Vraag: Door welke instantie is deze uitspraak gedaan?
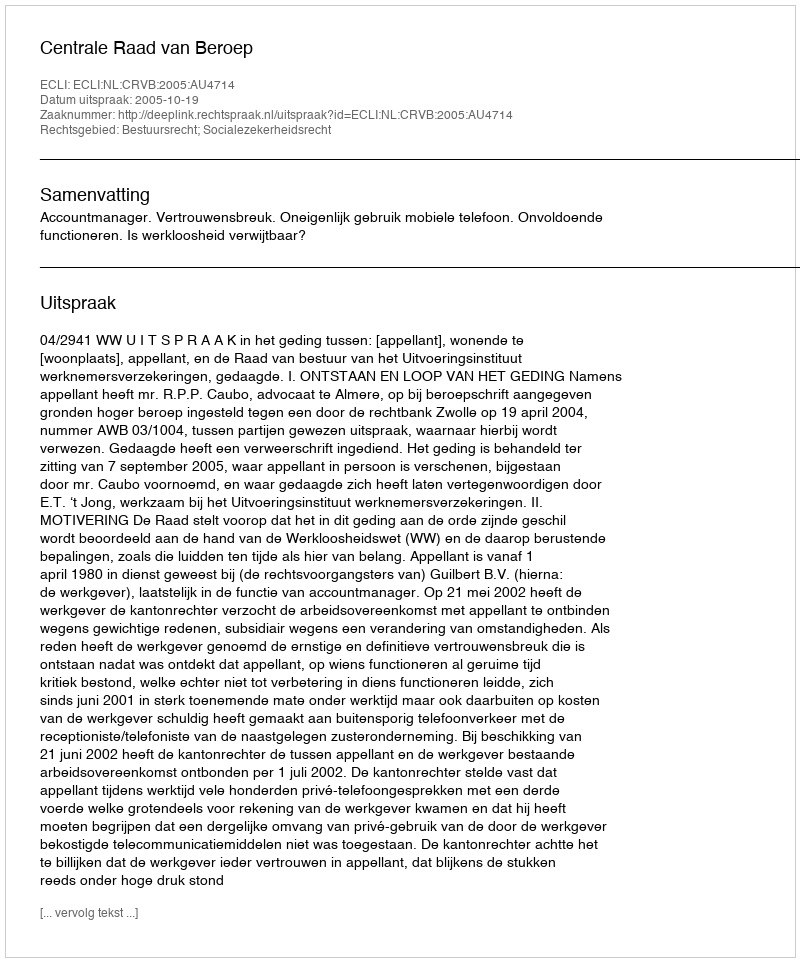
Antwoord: Centrale Raad van Beroep